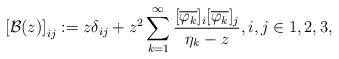
LaTeX: \begin{align*} \left[ \mathcal{B}(z) \right]_{ij} := z \delta_{ij}+ z^2\sum_{k = 1}^{\infty} \frac{[\overline{\varphi_k}]_i[\overline{\varphi_k}]_j}{\eta_k - z}, i,j\in {1,2,3},\end{align*}